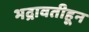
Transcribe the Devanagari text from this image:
भद्रावतीहून